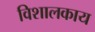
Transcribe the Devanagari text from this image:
विशालकाय